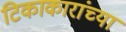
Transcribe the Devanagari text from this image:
टिकाकारांच्या